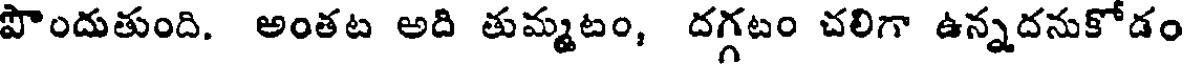
పొందుతుంది. అంతట అది తుమ్మటం, దగ్గటం చలిగా ఉన్నదనుకోడం